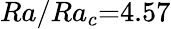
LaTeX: Ra/Ra_{c}{=}4.57